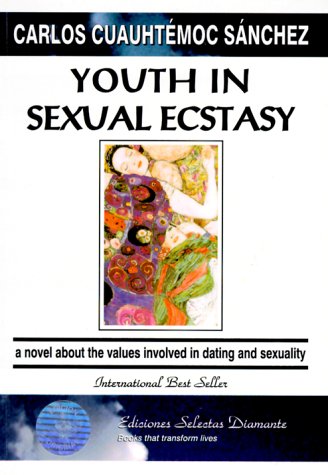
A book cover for Youth in Ecstasy; Carlos Cuauhtemoc. Sanchez; Teen & Young Adult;